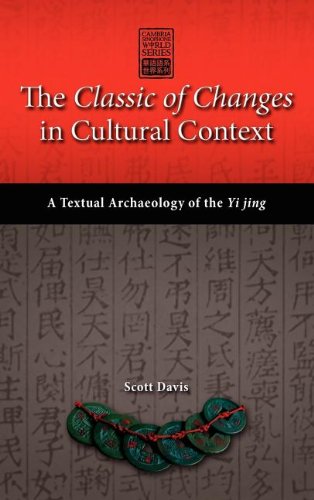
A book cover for The Classic of Changes in Cultural Context: A Textual Archaeology of the Yi Jing (Cambria Sinophone World); Scott Davis; Religion & Spirituality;